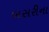
બસરીના